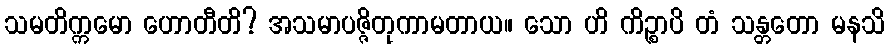
သမတိက္ကမော ဟောတီတိ? အသမာပဇ္ဇိတုကာမတာယ။ သော ဟိ ကိဉ္စာပိ တံ သန္တတော မနသိ